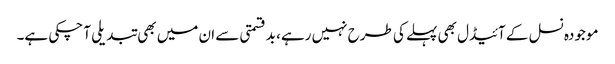
موجودہ نسل کے آئیڈل بھی پہلے کی طرح نہیں رہے، بدقسمتی سے ان میں بھی تبدیلی آ چکی ہے۔